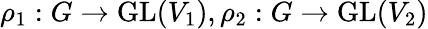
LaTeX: \rho_{1}:G\to{\mathrm{GL}}(V_{1}),\rho_{2}:G\to{\mathrm{GL}}(V_{2})